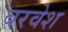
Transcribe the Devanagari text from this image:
वरवेश